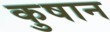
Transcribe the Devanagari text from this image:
कुषान